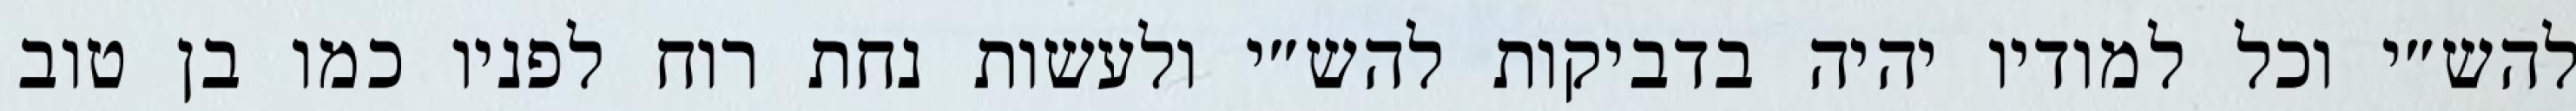
להש״י וכל למודיו יהיה בדביקות להש״י ולעשות נחת רוח לפניו כמו בן טוב